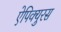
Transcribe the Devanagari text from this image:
ऐपिक्युरस